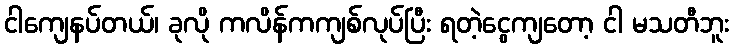
ငါကျေနပ်တယ်၊ ခုလို ကလိန်ကကျစ်လုပ်ပြီး ရတဲ့ငွေကျတော့ ငါ မသတီဘူး